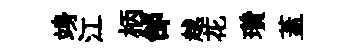
竧江柄邰越花瓚蓋